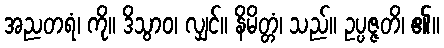
အညတရံ၊ ကို။ ဒိသွာဝ၊ လျှင်။ နိမိတ္တံ၊ သည်။ ဥပ္ပဇ္ဇတိ၊ ၏။